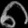
Digit: ၈